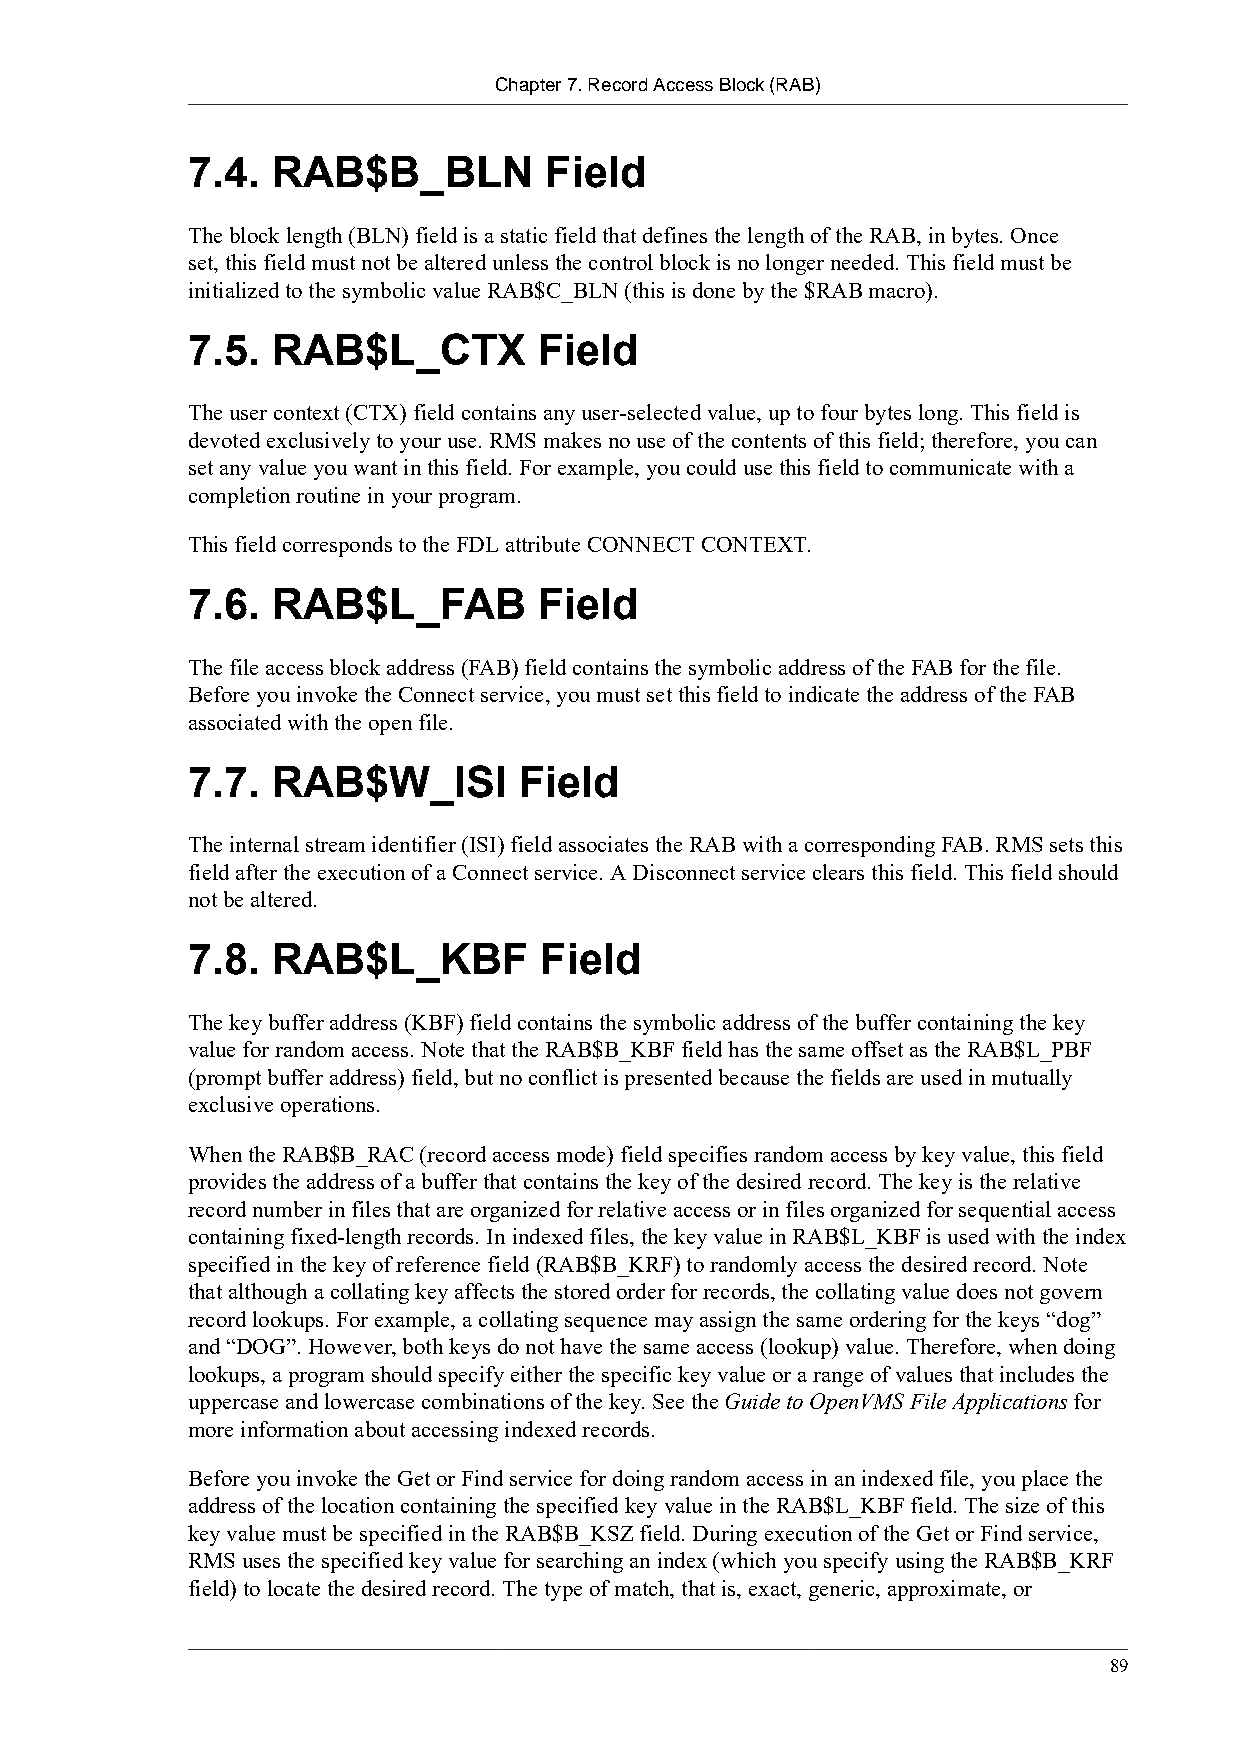
Chapter 7. Record Access Block (RAB)
 7.4.  RAB$B_BLN         Field
 The block length (BLN) field is a static field that defines the length of the RAB, in bytes. Once
 set, this field must not be altered unless the control block is no longer needed. This field must be
 initialized to the symbolic value RAB$C_BLN (this is done by the $RAB macro).
 7.5.  RAB$L_CTX         Field
 The user context (CTX) field contains any user-selected value, up to four bytes long. This field is
 devoted exclusively to your use. RMS makes no use of the contents of this field; therefore, you can
 set any value you want in this field. For example, you could use this field to communicate with a
 completion routine in your program.
 This field corresponds to the FDL attribute CONNECT CONTEXT.
 7.6.  RAB$L_FAB         Field
 The file access block address (FAB) field contains the symbolic address of the FAB for the file.
 Before you invoke the Connect service, you must set this field to indicate the address of the FAB
 associated with the open file.
 7.7.  RAB$W_ISI       Field
 The internal stream identifier (ISI) field associates the RAB with a corresponding FAB. RMS sets this
 field after the execution of a Connect service. A Disconnect service clears this field. This field should
 not be altered.
 7.8.  RAB$L_KBF         Field
 The key buffer address (KBF) field contains the symbolic address of the buffer containing the key
 value for random access. Note that the RAB$B_KBF field has the same offset as the RAB$L_PBF
 (prompt buffer address) field, but no conflict is presented because the fields are used in mutually
 exclusive operations.
 When the RAB$B_RAC (record access mode) field specifies random access by key value, this field
 provides the address of a buffer that contains the key of the desired record. The key is the relative
 record number in files that are organized for relative access or in files organized for sequential access
 containing fixed-length records. In indexed files, the key value in RAB$L_KBF is used with the index
 specified in the key of reference field (RAB$B_KRF) to randomly access the desired record. Note
 that although a collating key affects the stored order for records, the collating value does not govern
 record lookups. For example, a collating sequence may assign the same ordering for the keys “dog”
 and “DOG”. However, both keys do not have the same access (lookup) value. Therefore, when doing
 lookups, a program should specify either the specific key value or a range of values that includes the
 uppercase and lowercase combinations of the key. See the Guide to OpenVMS File Applications for
 more information about accessing indexed records.
 Before you invoke the Get or Find service for doing random access in an indexed file, you place the
 address of the location containing the specified key value in the RAB$L_KBF field. The size of this
 key value must be specified in the RAB$B_KSZ field. During execution of the Get or Find service,
 RMS uses the specified key value for searching an index (which you specify using the RAB$B_KRF
 field) to locate the desired record. The type of match, that is, exact, generic, approximate, or
 89